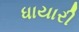
ધાયારી